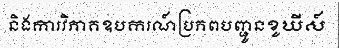
និងការវិភាគឧបករណ៍ប្រភពបញ្ជូនខូឃីស៍